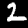
Label: 2